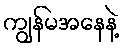
ကျွန်မအနေနဲ့